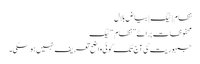
نظام | ٹیگ | بیاضِ بلال
محفوظات برائے ”نظام“ ٹیگ
جمہوریت کی آج تک کوئی واضح تعریف نہیں ہو سکی۔